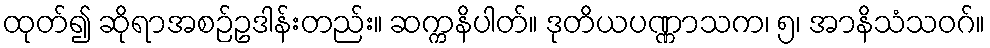
ထုတ်၍ ဆိုရာအစဉ်ဥဒါန်းတည်း။ ဆက္ကနိပါတ်။ ဒုတိယပဏ္ဏာသက၊ ၅၊ အာနိသံသဝဂ်။